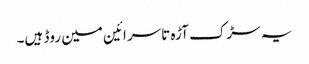
یہ سڑک آڑہ تا سرائین مین روڈ ہیں۔